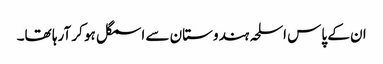
ان کے پاس اسلحہ ہندوستان سے اسمگل ہو کر آرہا تھا۔